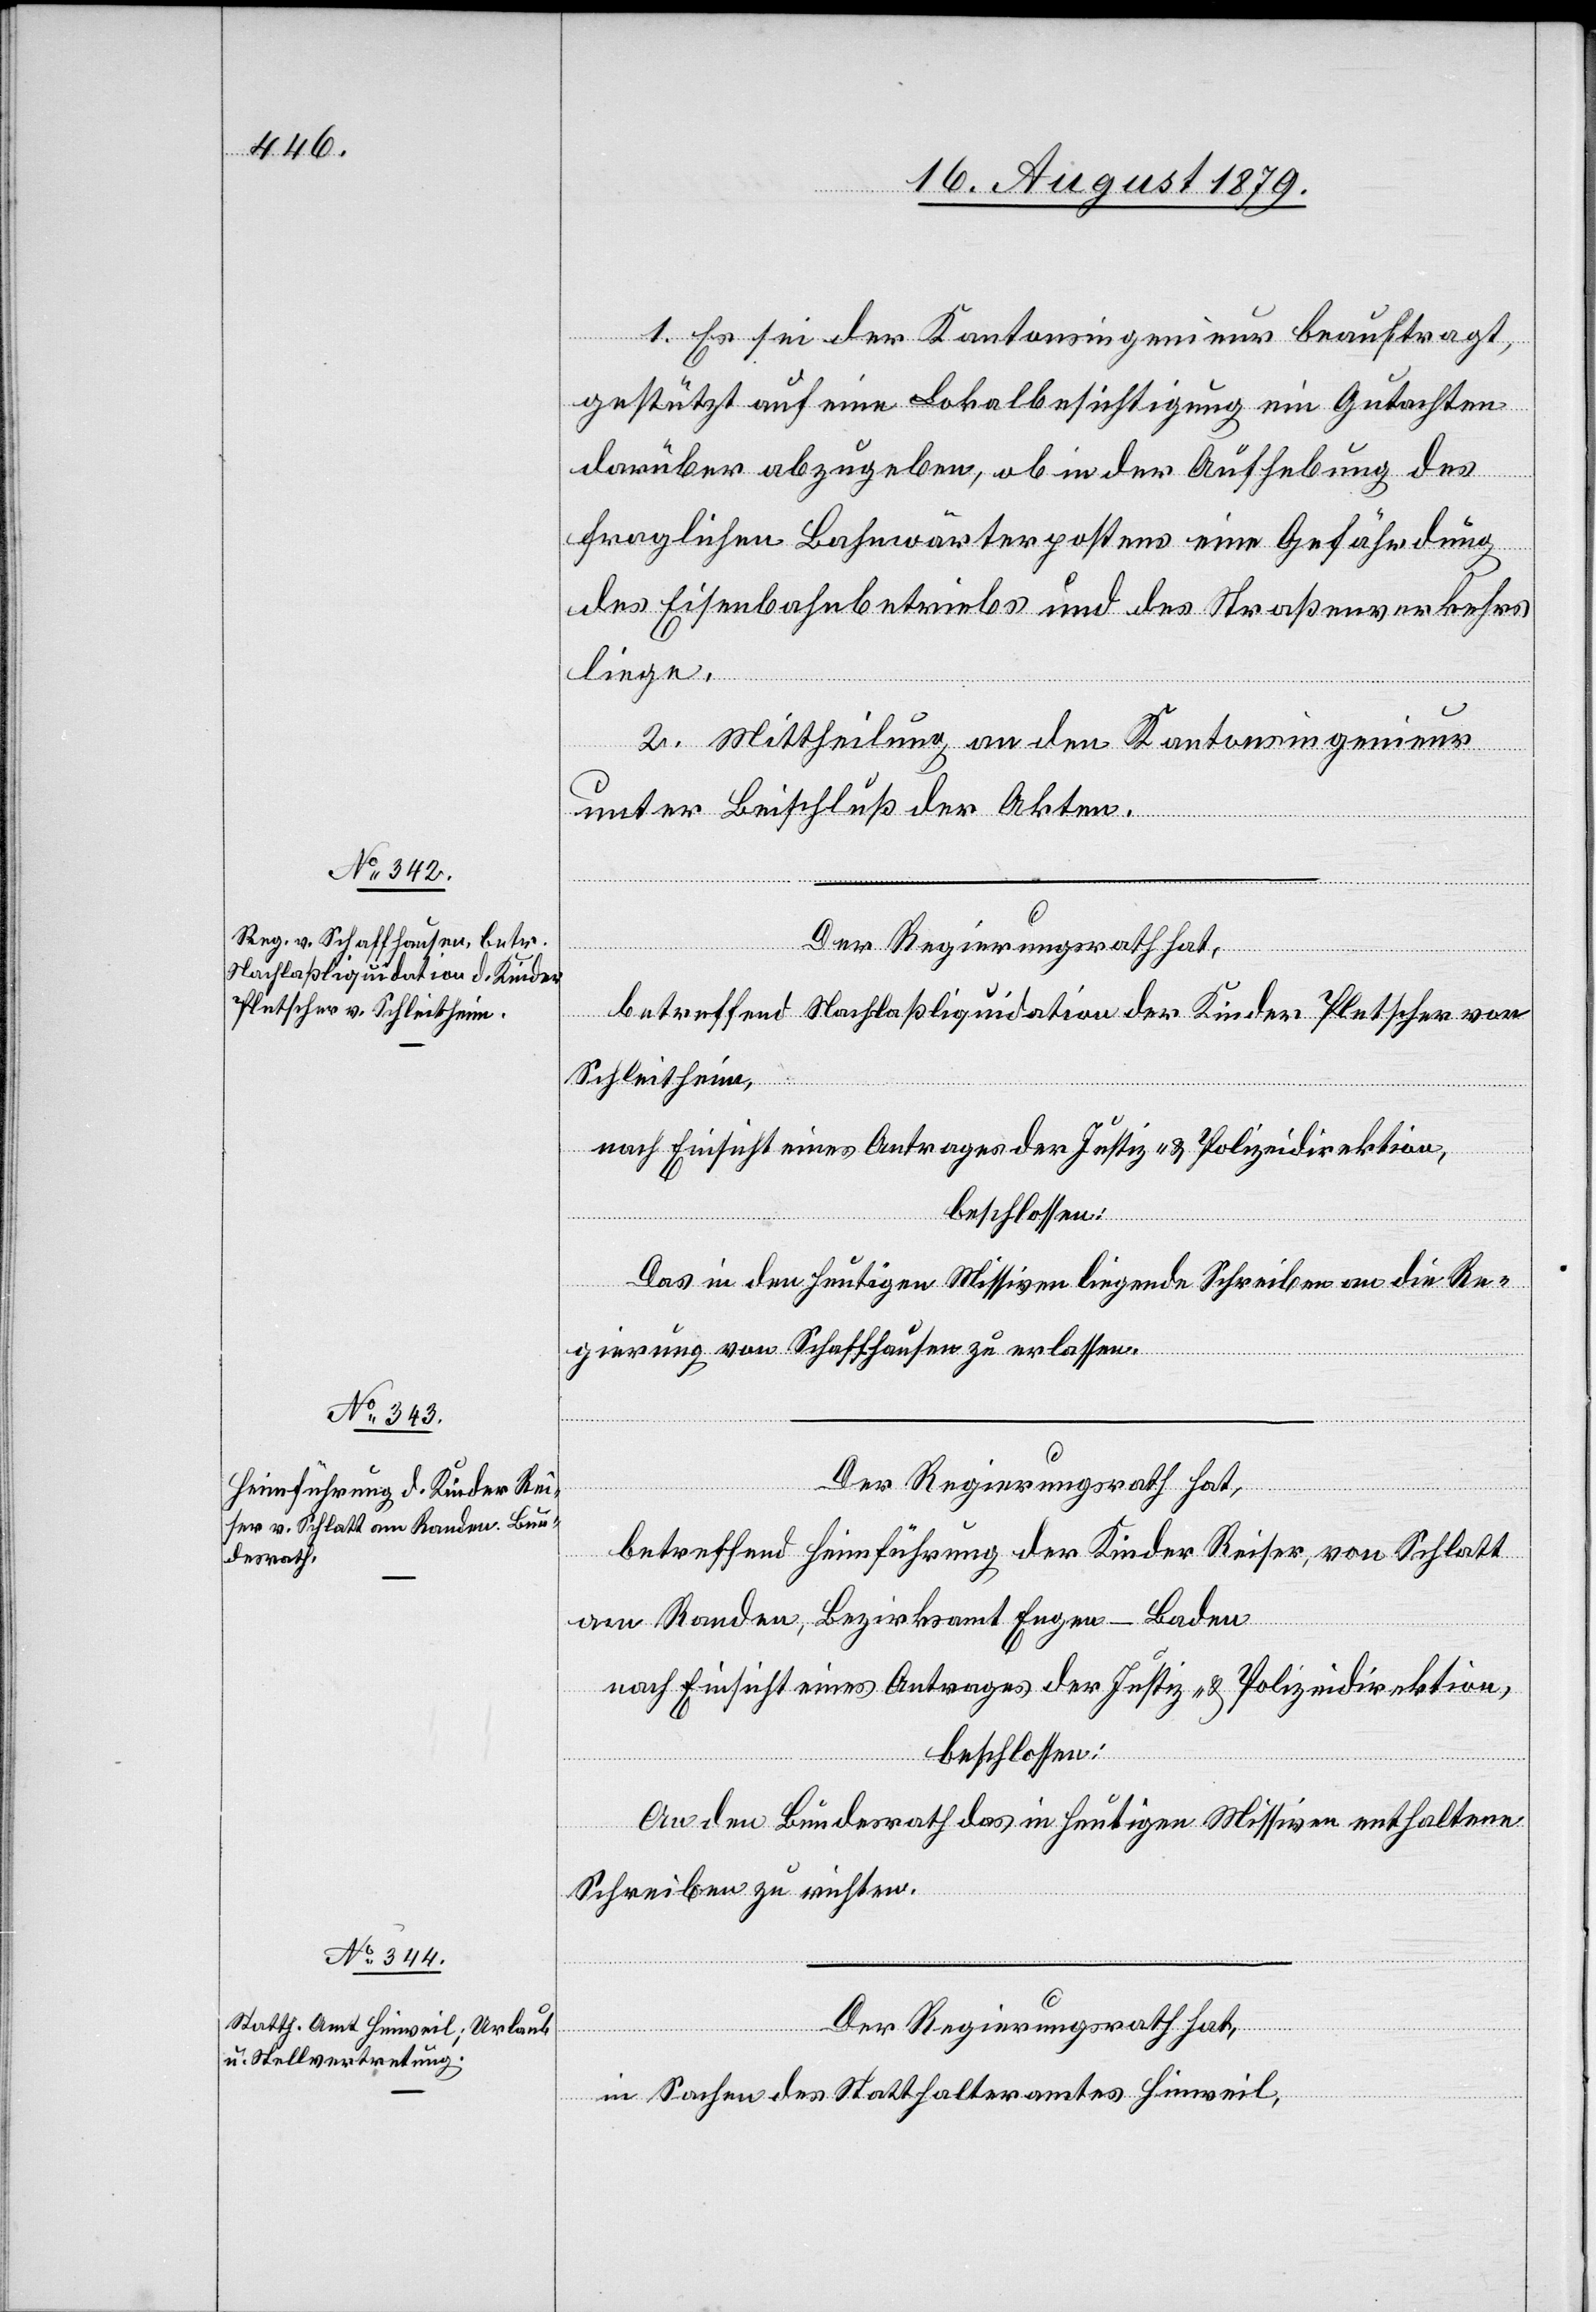
1. Es sei der Kantonsingenieur beauftragt,
gestützt auf eine Lokalbesichtigung ein Gutachten
darüber abzugeben, ob in der Aufhebung des
fraglichen Bahnwärterpostens eine Gefährdung
des Eisenbahnbetriebs und des Straßenverkehrs
liege.
2. Mittheilung an den Kantonsingenieur
unter Beischluß der Akten.
Der Regierungsrath hat,
betreffend Nachlaßliquidation der Kinder Pletscher von
Schleitheim,
nach Einsicht eines Antrages der Justiz- & Polizeidirektion,
beschlossen:
Das in den heutigen Missiven liegende Schreiben an die Re¬
gierung von Schaffhausen zu erlassen.
Der Regierungsrath hat,
betreffend Heimführung der Kinder Reiser, von Schlatt
am Randen, Bezirksamt Engen - Baden
nach Einsicht eines Antrages der Justiz- & Polizeidirektion,
beschlossen:
An den Bundesrath das in heutigen Missiven enthaltene
Schreiben zu richten.
Der Regierungsrath hat,
in Sachen des Statthalteramtes Hinweil,